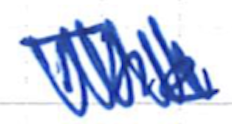
Text: The
Cross-out: scratch
Writing tool: ballpoint